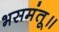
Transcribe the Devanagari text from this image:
भसमंतू॥